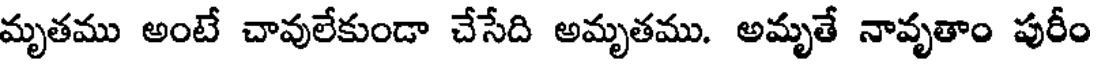
మృతము అంటే చావులేకుండా చేసేది అమృతము. అమృతే నావృతాం పురీం